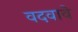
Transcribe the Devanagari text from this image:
वदवावे